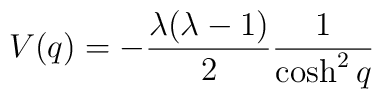
V(q) = -\frac{\lambda (\lambda-1)}{2} \frac {1}{\cosh^2 q}